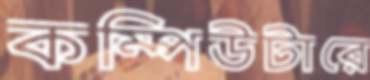
কম্পিউটারে